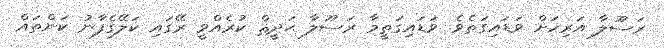
ރަސޫލާ އަރިހަށް ވަޑައިގަތެވެ. ވަޑައިގަތީމާ ރަސޫލާ ޙަދީޘް ކުރެއްވީ ރޭގައި ކަލޭގެފާނު ކަންތައް